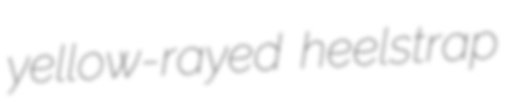
yellow-rayed heelstrap